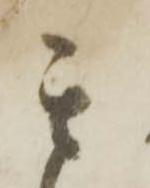
其